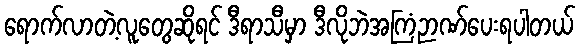
ရောက်လာတဲ့လူတွေဆိုရင် ဒီရာသီမှာ ဒီလိုဘဲအကြံဉာဏ်ပေးရပါတယ်